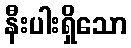
နီးပါးရှိသော